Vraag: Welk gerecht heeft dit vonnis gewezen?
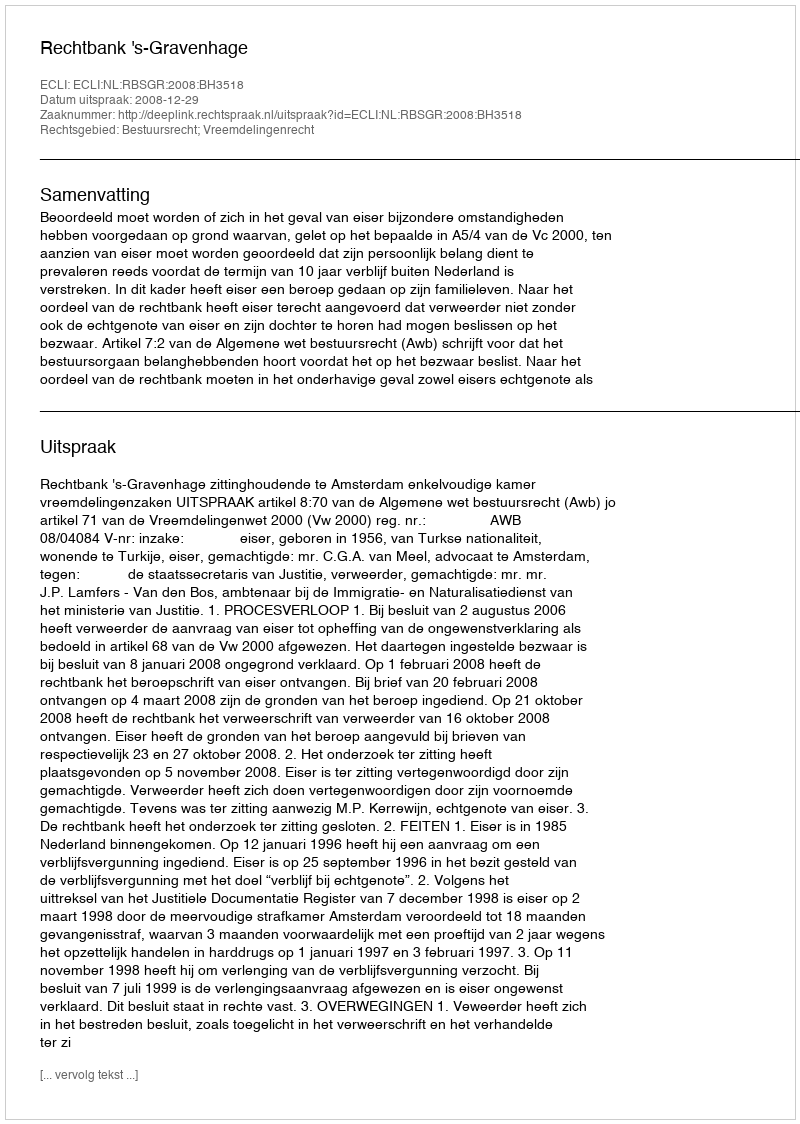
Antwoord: Rechtbank 's-Gravenhage